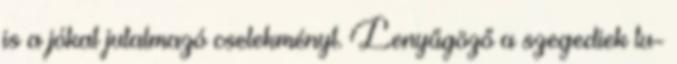
is a jókat jutalmazó cselekményt. Lenyűgöző a szegediek tu-